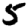
Digit: 5